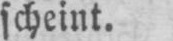
scheint.